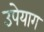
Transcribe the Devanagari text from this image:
उपेयाग